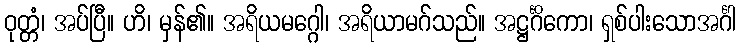
ဝုတ္တံ၊ အပ်ပြီ။ ဟိ၊ မှန်၏။ အရိယမဂ္ဂေါ၊ အရိယာမဂ်သည်။ အဋ္ဌင်္ဂိကော၊ ရှစ်ပါးသောအင်္ဂါ